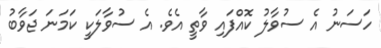
ހަސަނު އެ ސުވާލު ކޮއްފައި ވާތީ އެވެ. އެ ސުވާލަކީ ކަމަނަ ޖަވާބު